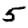
Digit: 5